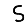
Digit: 5